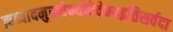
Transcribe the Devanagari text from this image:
क्रव्यादमुख्येभ्योदेवेभ्यइतिसर्वदा